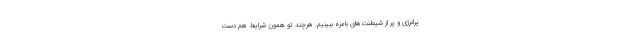
پرانرژی و پر از شیطنت‌های بامزه ببینیم. هرچند تو همون شرایط هم دست